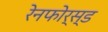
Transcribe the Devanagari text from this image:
रेनफोर्स्ड